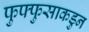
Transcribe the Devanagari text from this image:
फुफ्फुसाकडुन